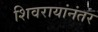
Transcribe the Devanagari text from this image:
शिवरायांनंतर